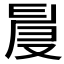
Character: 𠭙